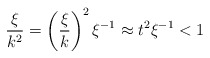
\begin{align*} \frac{\xi}{k^2} = \left(\frac{\xi}{k}\right)^2 \xi^{-1} \approx t^2 \xi^{-1}<1\end{align*}